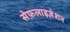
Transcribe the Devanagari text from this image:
सेफ़लाइज़ेशन